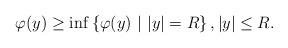
LaTeX: \begin{align*}\varphi(y)\geq \inf\left\{\varphi(y)\ | \ |y|=R\right\},|y|\leq R. \end{align*}